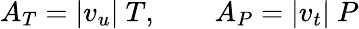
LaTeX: A_{T}=|v_{u}|\ T,\qquad A_{P}=|v_{t}|\ P